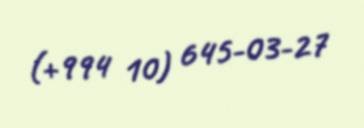
(+994 10) 645-03-27